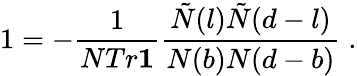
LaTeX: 1=-\frac{1}{NTr{\mathbf 1}}\frac{\tilde{N}(l)\tilde{N}(d-l)}{N(b)N(d-b)}\; .